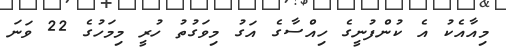
މިއާއެކު އެ ކުންފުނީގެ ހިއްސާގެ އަގު މިވަގުތު ހުރީ މިމަހުގެ 22 ވަނަ